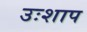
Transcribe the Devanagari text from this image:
उःशाप